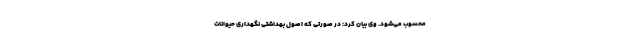
محسوب می‌شود. وی بیان کرد: در صورتی که اصول بهداشتی نگهداری حیوانات